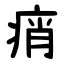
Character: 痟